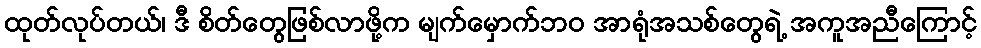
ထုတ်လုပ်တယ်၊ ဒီ စိတ်တွေဖြစ်လာဖို့က မျက်မှောက်ဘဝ အာရုံအသစ်တွေရဲ့ အကူအညီကြောင့်